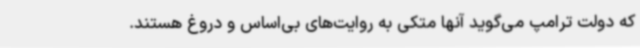
که دولت ترامپ می‌گوید آنها متکی به روایت‌های بی‌اساس و دروغ هستند.